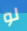
لو